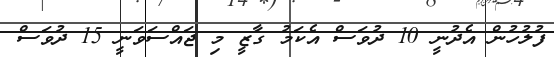
ފުލުހުން އެދުނީ 10 ދުވަސް އެކަމު ގާޒީ މި ޖައްސަވަނީ 15 ދުވަސް